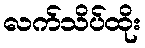
လက်သိပ်ထိုး